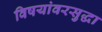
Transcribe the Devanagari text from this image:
विषयांवरसुद्धा